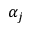
\alpha _ { j }